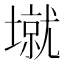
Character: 𰊱